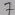
Text: 7